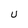
Character: u